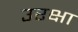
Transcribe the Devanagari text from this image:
उरक्षा